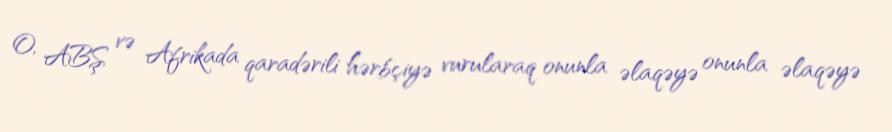
O, ABŞ və Afrikada qaradərili hərbçiyə vurularaq onunla əlaqəyə onunla əlaqəyə